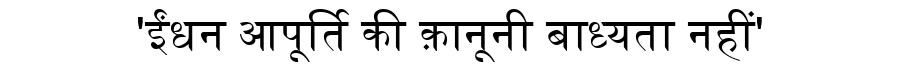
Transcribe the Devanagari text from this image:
'ईंधन आपूर्ति की क़ानूनी बाध्यता नहीं'